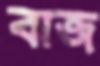
বাজ